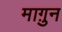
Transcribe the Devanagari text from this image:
माग़ुन